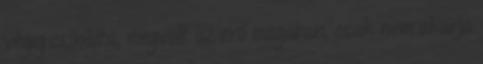
végig csinálta, megvolt az erő magában, csak nem akarja